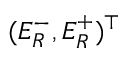
( E _ { R } ^ { - } , E _ { R } ^ { + } ) ^ { \top }